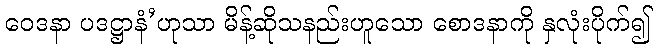
ဝေဒနာ ပဒဋ္ဌာနံ’ဟုသာ မိန့်ဆိုသနည်းဟူသော စောဒနာကို နှလုံးပိုက်၍